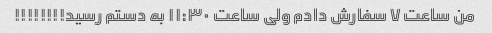
من ‌ساعت ۷ سفارش دادم ولی ساعت ۱۱:۳۰ به دستم رسید!!!!!!!!